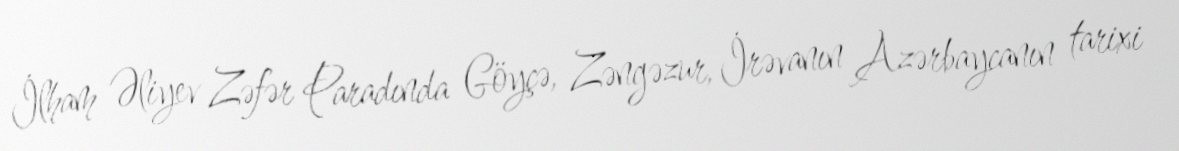
İlham Əliyev Zəfər Paradında Göyçə, Zəngəzur, İrəvanın Azərbaycanın tarixi